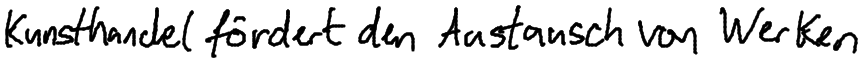
Kunsthandel fördert den Austausch von Werken.